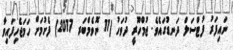
ނައިފަރު ފުޓްސަލް ދަނޑުގައެވެ. ޖުމްހޫރީ ދުވަހު (11 ނޮވެމްބަރ 2017) ފެށުމަށް ހަމަޖެހިފައިވާ